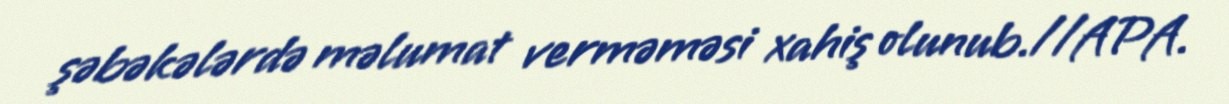
şəbəkələrdə məlumat verməməsi xahiş olunub.//APA.